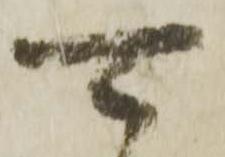
可